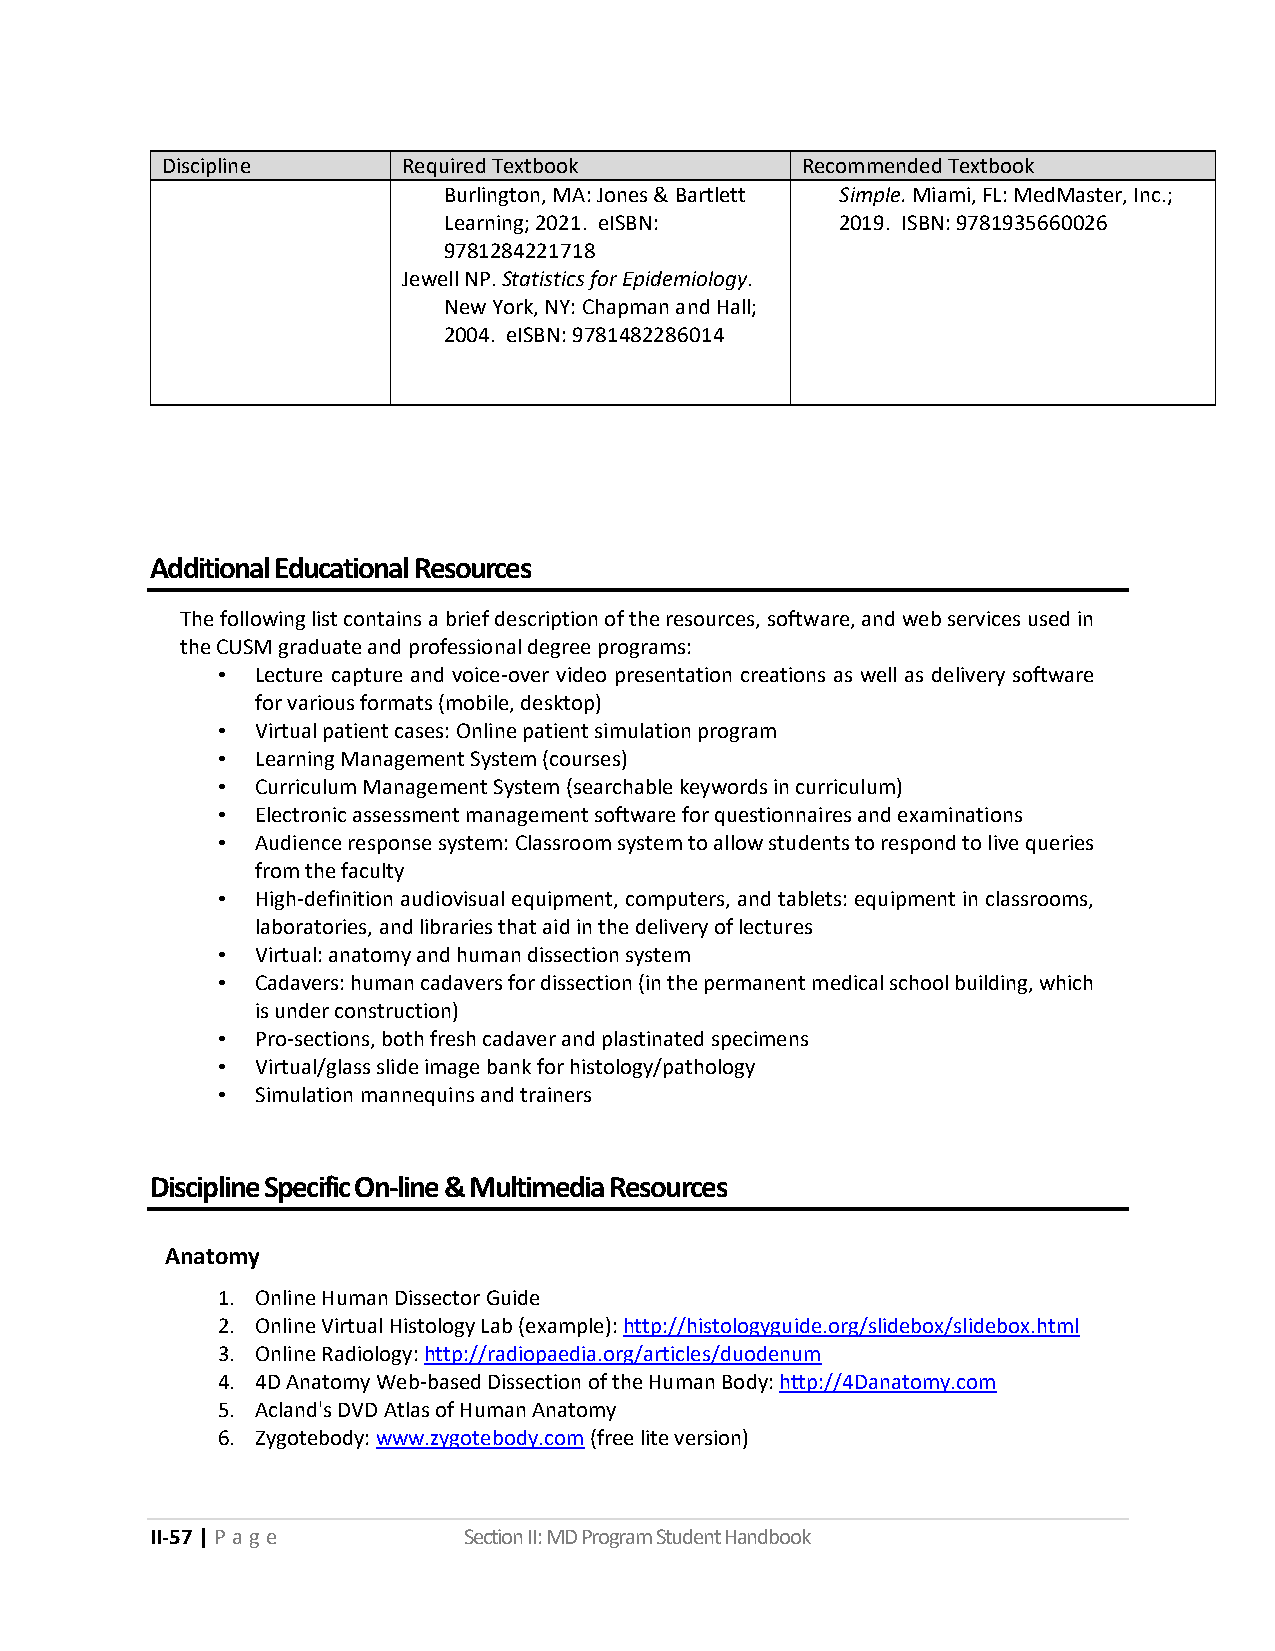
Discipline      Required Textbook         Recommended Textbook
 Burlington, MA: Jones & Bartlett Simple. Miami, FL: MedMaster, Inc.;
 Learning; 2021. eISBN:     2019. ISBN: 9781935660026
 9781284221718
 Jewell NP. Statistics for Epidemiology.
 New York, NY: Chapman and Hall;
 2004. eISBN: 9781482286014
 Additional Educational Resources
 The following list contains a brief description of the resources, software, and web services used in
 the CUSM graduate and professional degree programs:
 •  Lecture capture and voice-over video presentation creations as well as delivery software
 for various formats (mobile, desktop)
 •  Virtual patient cases: Online patient simulation program
 •  Learning Management System (courses)
 •  Curriculum Management System (searchable keywords in curriculum)
 •  Electronic assessment management software for questionnaires and examinations
 •  Audience response system: Classroom system to allow students to respond to live queries
 from the faculty
 •  High-definition audiovisual equipment, computers, and tablets: equipment in classrooms,
 laboratories, and libraries that aid in the delivery of lectures
 •  Virtual: anatomy and human dissection system
 •  Cadavers: human cadavers for dissection (in the permanent medical school building, which
 is under construction)
 •  Pro-sections, both fresh cadaver and plastinated specimens
 •  Virtual/glass slide image bank for histology/pathology
 •  Simulation mannequins and trainers
 Discipline Specific On-line & Multimedia Resources
 Anatomy
 1. Online Human Dissector Guide
 2. Online Virtual Histology Lab (example): http://histologyguide.org/slidebox/slidebox.html
 3. Online Radiology: http://radiopaedia.org/articles/duodenum
 4. 4D Anatomy Web-based Dissection of the Human Body: http://4Danatomy.com
 5. Acland's DVD Atlas of Human Anatomy
 6. Zygotebody: www.zygotebody.com (free lite version)
 II-57 | P a g e      Section II: MD Program Student Handbook